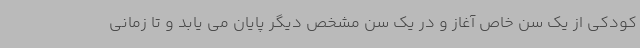
کودکی از یک سن خاص آغاز و در یک سن مشخص دیگر پایان می یابد و تا زمانی